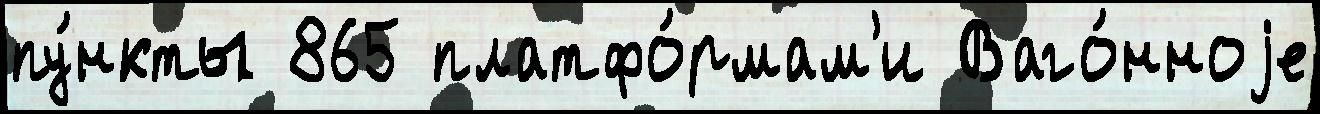
пу́нкты 865 платфо́рмам'и Ваго́нноjе